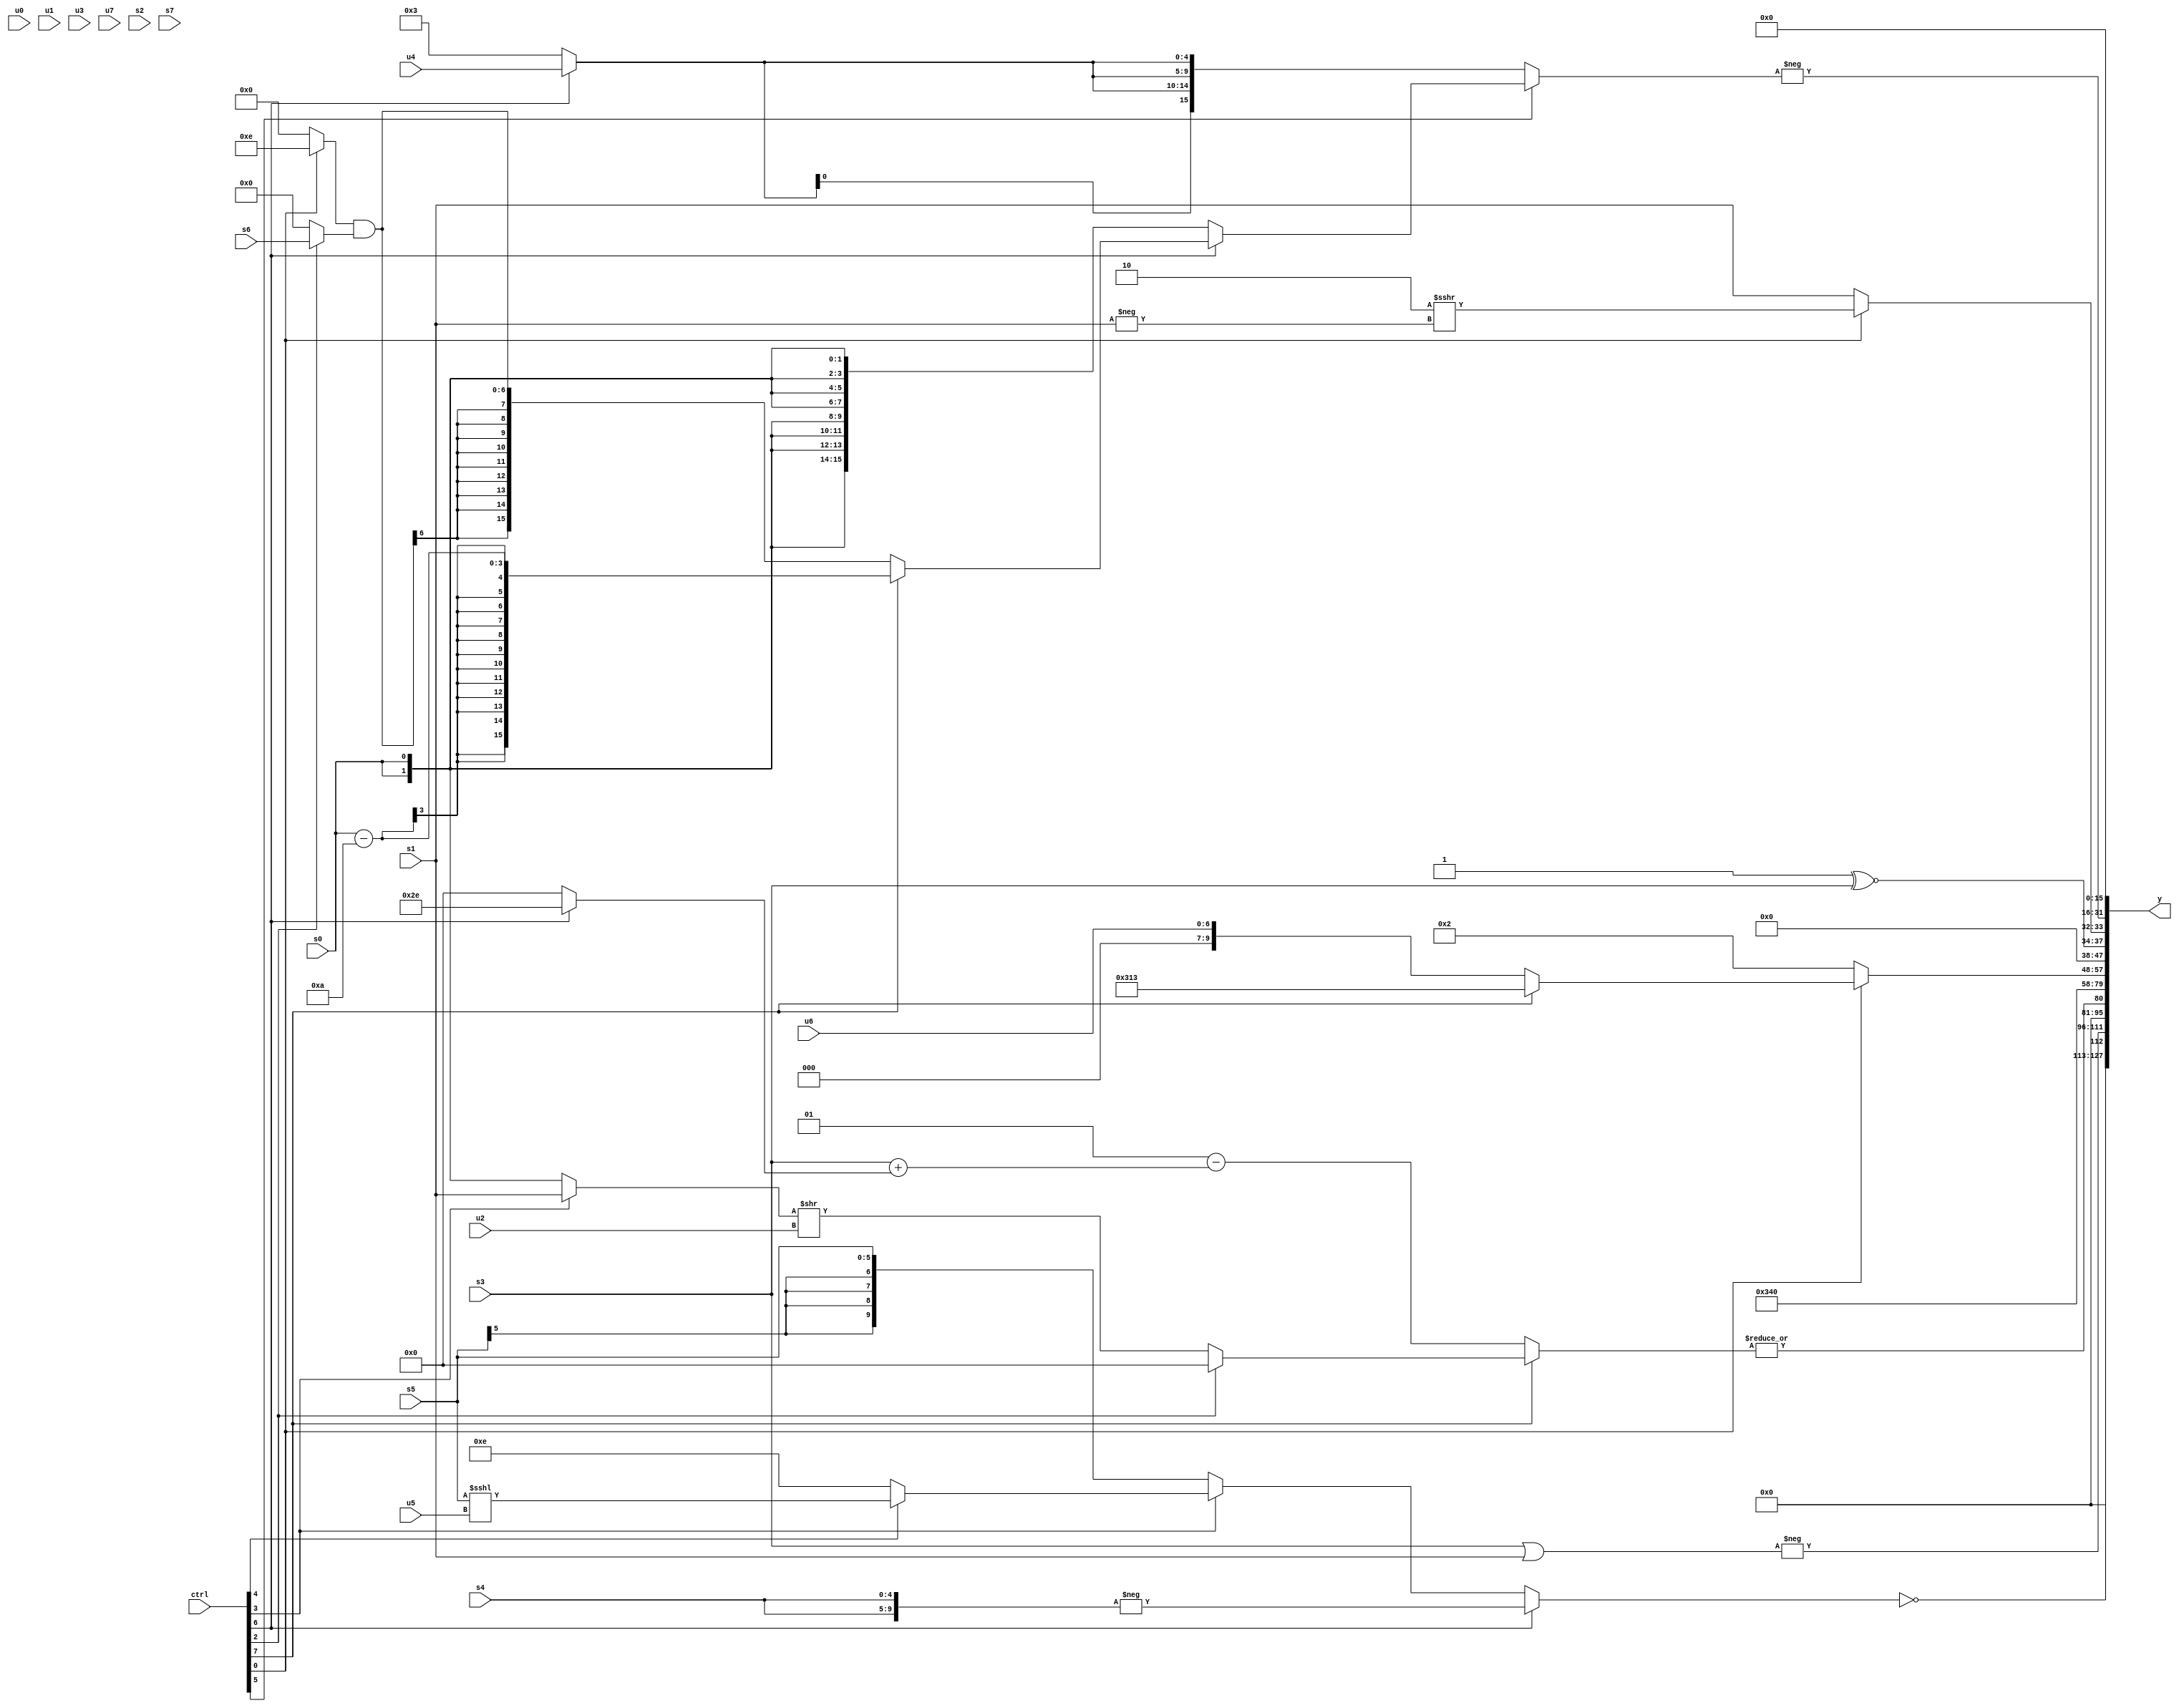
module wideexpr_00735(ctrl, u0, u1, u2, u3, u4, u5, u6, u7, s0, s1, s2, s3, s4, s5, s6, s7, y);
  input [7:0] ctrl;
  input [0:0] u0;
  input [1:0] u1;
  input [2:0] u2;
  input [3:0] u3;
  input [4:0] u4;
  input [5:0] u5;
  input [6:0] u6;
  input [7:0] u7;
  input signed [0:0] s0;
  input signed [1:0] s1;
  input signed [2:0] s2;
  input signed [3:0] s3;
  input signed [4:0] s4;
  input signed [5:0] s5;
  input signed [6:0] s6;
  input signed [7:0] s7;
  output [127:0] y;
  wire [15:0] y0;
  wire [15:0] y1;
  wire [15:0] y2;
  wire [15:0] y3;
  wire [15:0] y4;
  wire [15:0] y5;
  wire [15:0] y6;
  wire [15:0] y7;
  assign y = {y0,y1,y2,y3,y4,y5,y6,y7};
  assign y0 = ((4'sb0000)<<(5'b01001))==((ctrl[6]?-($signed({2{s4}})):(ctrl[3]?(ctrl[4]?(s5)<<<(u5):$signed(5'sb01110)):s5)));
  assign y1 = -(((s3)|(+(s1)))>>>($signed(2'b00)));
  assign y2 = |((ctrl[7]?(ctrl[2]?1'sb0:((ctrl[3]?s1:s0))>>(u2)):($signed(4'sb0001))-((s3)+((ctrl[6]?6'sb101110:1'sb0)))));
  assign y3 = 4'b1101;
  assign y4 = {$signed((ctrl[0]?(ctrl[7]?{4'b1100,2'sb01,+(4'sb0011)}:u6):+($signed(6'sb000010))))};
  assign y5 = {($signed(|({3'sb101})))^~(s3),(ctrl[0]?(2'sb10)>>>(-({1{s1}})):+(+(s1)))};
  assign y6 = +(-((ctrl[5]?(ctrl[6]?(ctrl[7]?$signed((s0)-(4'sb1010)):((ctrl[0]?3'sb110:4'sb0000))&((ctrl[2]?s6:4'sb0000))):$signed(s0)):$signed({4{$unsigned((ctrl[6]?u4:4'b0011))}}))));
  assign y7 = +(1'b0);
endmodule